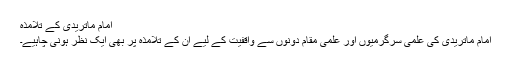
امام ماتریدیؒ کے تلامذہ
امام ماتریدیؒ کی علمی سرگرمیوں اور علمی مقام دونوں سے واقفیت کے لیے ان کے تلامذہ پر بھی ایک نظر ہونی چاہیے۔